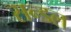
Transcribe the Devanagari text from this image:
सन्डल